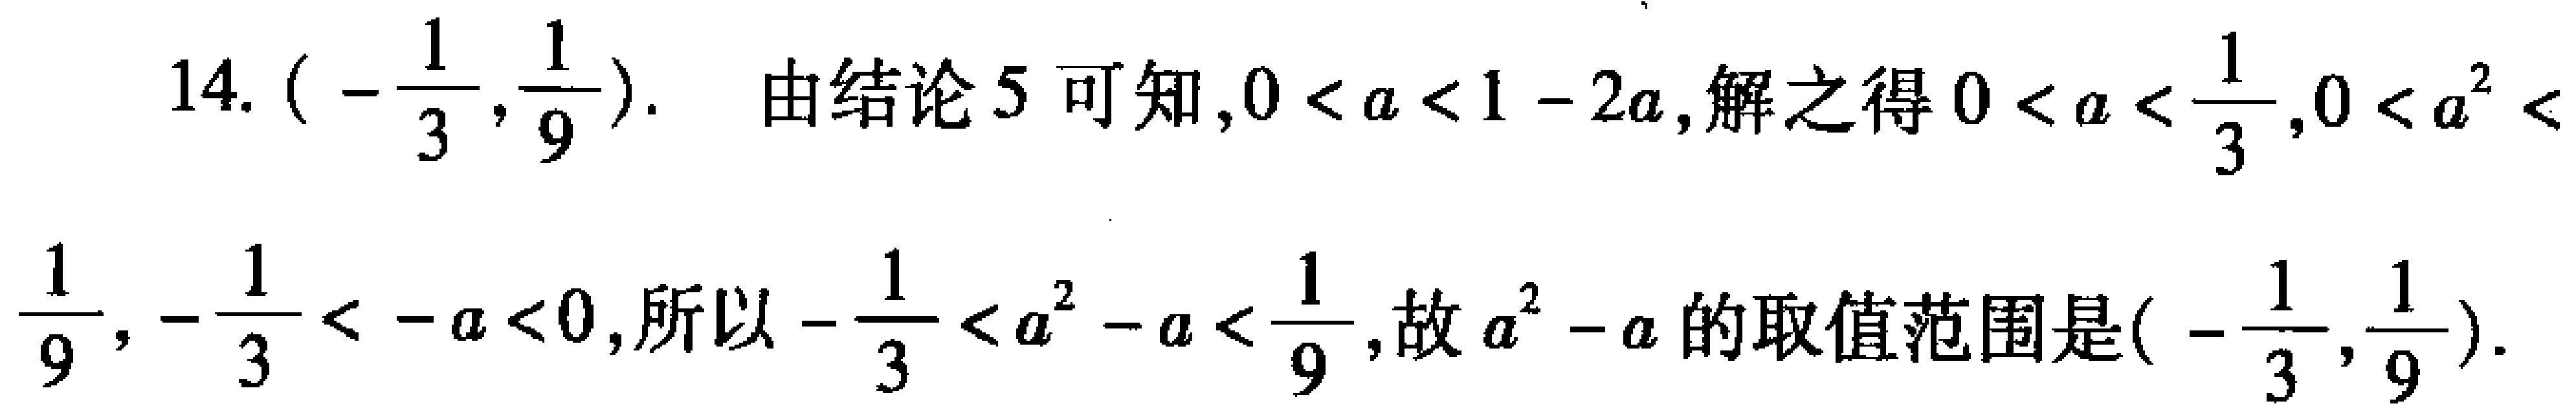
14. $\left(-\dfrac{1}{3},\dfrac{1}{9}\right)$. 由结论 5 可知, $0 < a < 1 - 2a$, 解之得 $0 < a < \dfrac{1}{3}$, $0 < a^{2} < \dfrac{1}{9}$, $-\dfrac{1}{3} < -a < 0$, 所以 $-\dfrac{1}{3} < a^{2} - a < \dfrac{1}{9}$, 故 $a^{2} - a$ 的取值范围是 $\left(-\dfrac{1}{3},\dfrac{1}{9}\right)$.